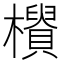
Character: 𣟨